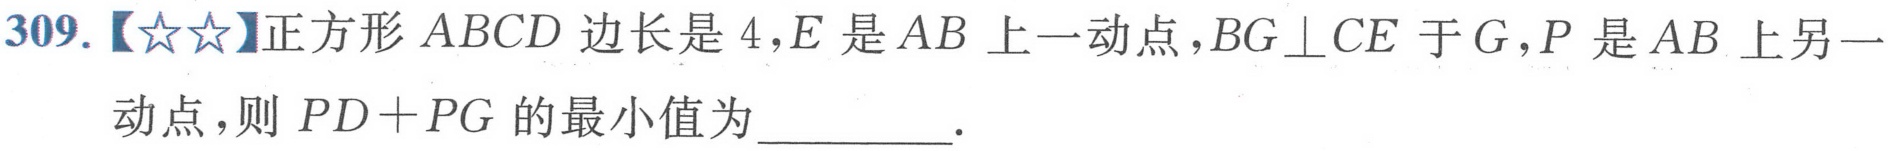
309.【★★】正方形 \(ABCD\) 边长是 \(4\)，\(E\) 是 \(AB\) 上一动点，\(BG\perp CE\) 于 \(G\)，\(P\) 是 \(AB\) 上另一
动点，则 \(PD + PG\) 的最小值为 \(\underline{\quad\quad}\).